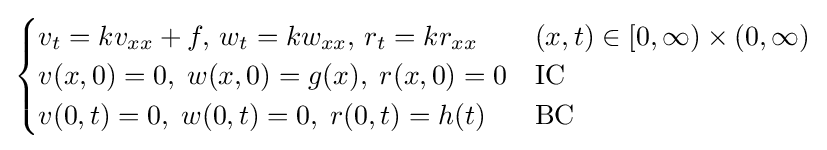
{\begin{cases}v_{t}=kv_{xx}+f,\,w_{t}=kw_{xx},\,r_{t}=kr_{xx}&(x,t)\in [0,\infty )\times (0,\infty )\\v(x,0)=0,\;w(x,0)=g(x),\;r(x,0)=0&{\text{IC}}\\v(0,t)=0,\;w(0,t)=0,\;r(0,t)=h(t)&{\text{BC}}\end{cases}}